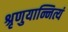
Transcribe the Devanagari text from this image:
श्रृणुयान्नित्यं